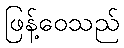
ဖြန့်ဝေသည်